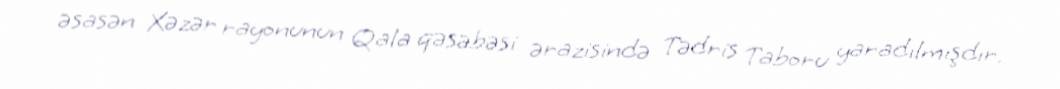
əsasən Xəzər rayonunun Qala qəsəbəsi ərazisində Tədris Taboru yaradılmışdır.